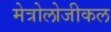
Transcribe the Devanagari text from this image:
मेत्रोलोजीकल